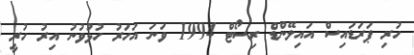
ހުރި ޕަރަޑައިސް އައިލޭންޑް ރިސޯޓް 1994 ވަނަ އަހަރު ހުޅުވުނު އިރު ހުރީ